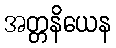
အတ္တနိယေန